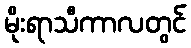
မိုးရာသီကာလတွင်